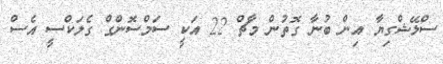
ސްލޭޝްގިޔާ އިން ބުނާ ގޮތުން މާޗް 22 އަކީ ސަމްސޮންގް ގެލަކްސީ އެސް